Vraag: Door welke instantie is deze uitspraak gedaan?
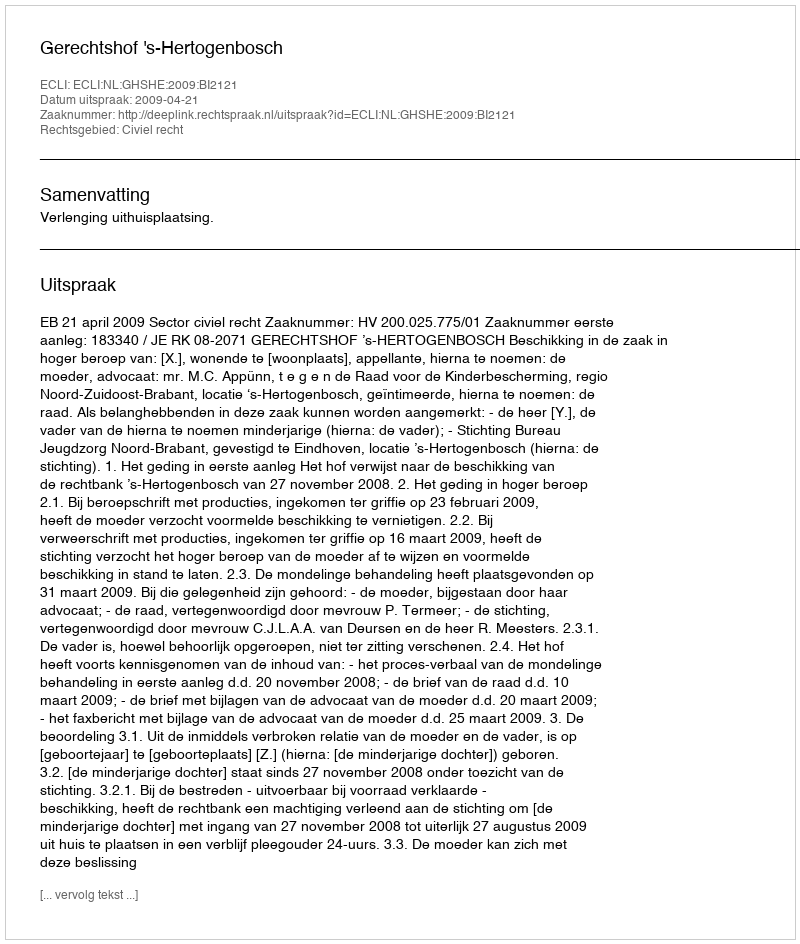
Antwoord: Gerechtshof 's-Hertogenbosch